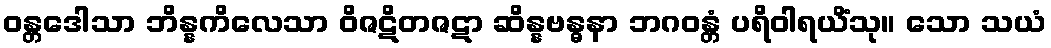
ဝန္တဒေါသာ ဘိန္နကိလေသာ ဝိဇဋိတဇဋာ ဆိန္နဗန္ဓနာ ဘဂဝန္တံ ပရိဝါရယိံသု။ သော သယံ